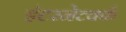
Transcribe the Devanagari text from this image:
इंटरनेटवर्क